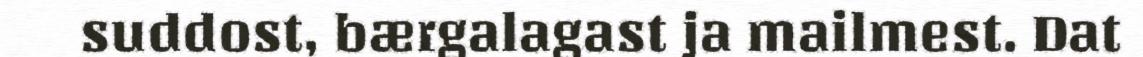
suddost, bærgalagast ja mailmest. Dat